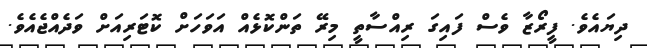
ދިޔައެވެ. ފީރޯޒާ ވެސް ފައިގަ ރިއްސާތީ މިރޭ ތަންކޮޅެއް އަވަހަށް ކޮޓަރިއަށް ވަދެއްޖެއެވެ.